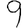
Digit: 9